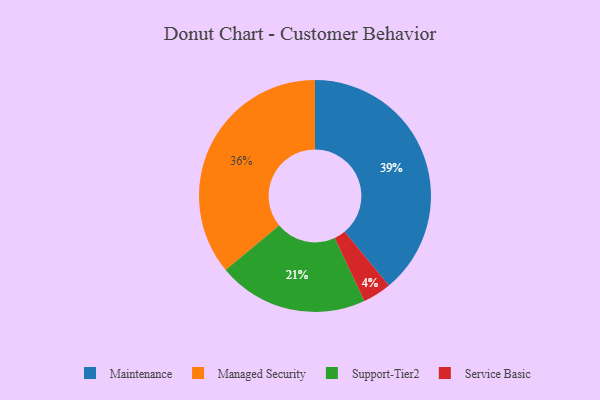
{"axis": {"x": "Category", "y": "Percentage"}, "legend": ["Maintenance", "Managed Security", "Service Basic", "Support-Tier2"], "data": [{"x": "Maintenance", "y": 39, "type": "Maintenance"}, {"x": "Support-Tier2", "y": 21, "type": "Support-Tier2"}, {"x": "Managed Security", "y": 36, "type": "Managed Security"}, {"x": "Service Basic", "y": 4, "type": "Service Basic"}]}